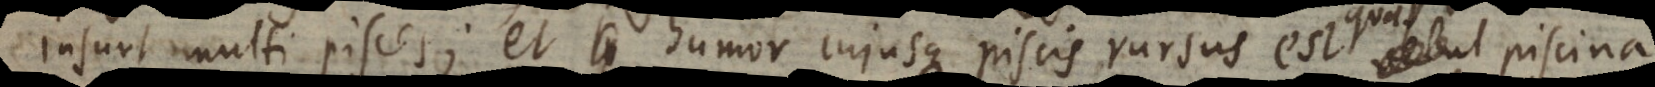
insunt multi pisces; et humor cujusque piscis rursus est quasi piscina